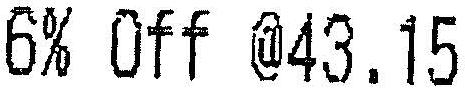
6% OFF @43.15